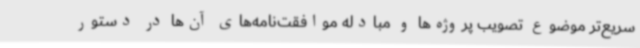
سریع‌تر موضوع تصویب پروژه‌ها و مبادله موافقت‌نامه‌های آن‌ها در دستور